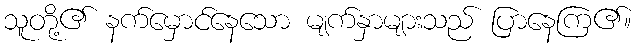
သူတို့၏ နက်မှောင်နေသော မျက်နှာများသည် ပြာနေကြ၏။